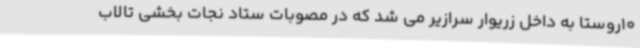
10روستا به داخل زریوار سرازیر می شد که در مصوبات ستاد نجات بخشی تالاب